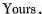
Yours,